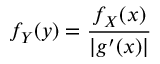
f _ { Y } ( y ) = { \frac { f _ { X } ( x ) } { | g ^ { \prime } ( x ) | } }